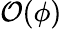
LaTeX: \mathcal{O}(\phi)